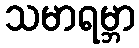
သမာရမ္ဘာ